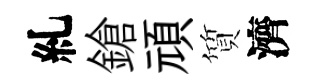
糺鎗頑質濟